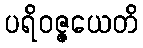
ပရိဝဇ္ဇယေတိ